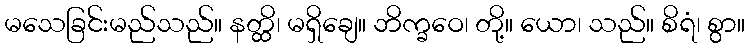
မသေခြင်းမည်သည်။ နတ္ထိ၊ မရှိချေ။ ဘိက္ခဝေ၊ တို့။ ယော၊ သည်။ စိရံ၊ စွာ။